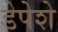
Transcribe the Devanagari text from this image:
डेपेशे